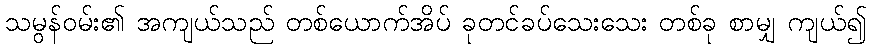
သမွန်ဝမ်း၏ အကျယ်သည် တစ်ယောက်အိပ် ခုတင်ခပ်သေးသေး တစ်ခု စာမျှ ကျယ်၍